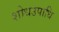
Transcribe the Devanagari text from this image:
शोधउपाधि